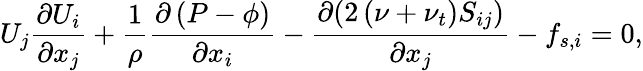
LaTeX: U_{j}\frac{\partial U_{i}}{\partial x_{j}}+\frac{1}{\rho}\frac{\partial\left(P-\phi\right)}{\partial x_{i}}-\frac{\partial(2\left(\nu+\nu_{t}\right)S_{ij})}{\partial x_{j}}-f_{s,i}=0,